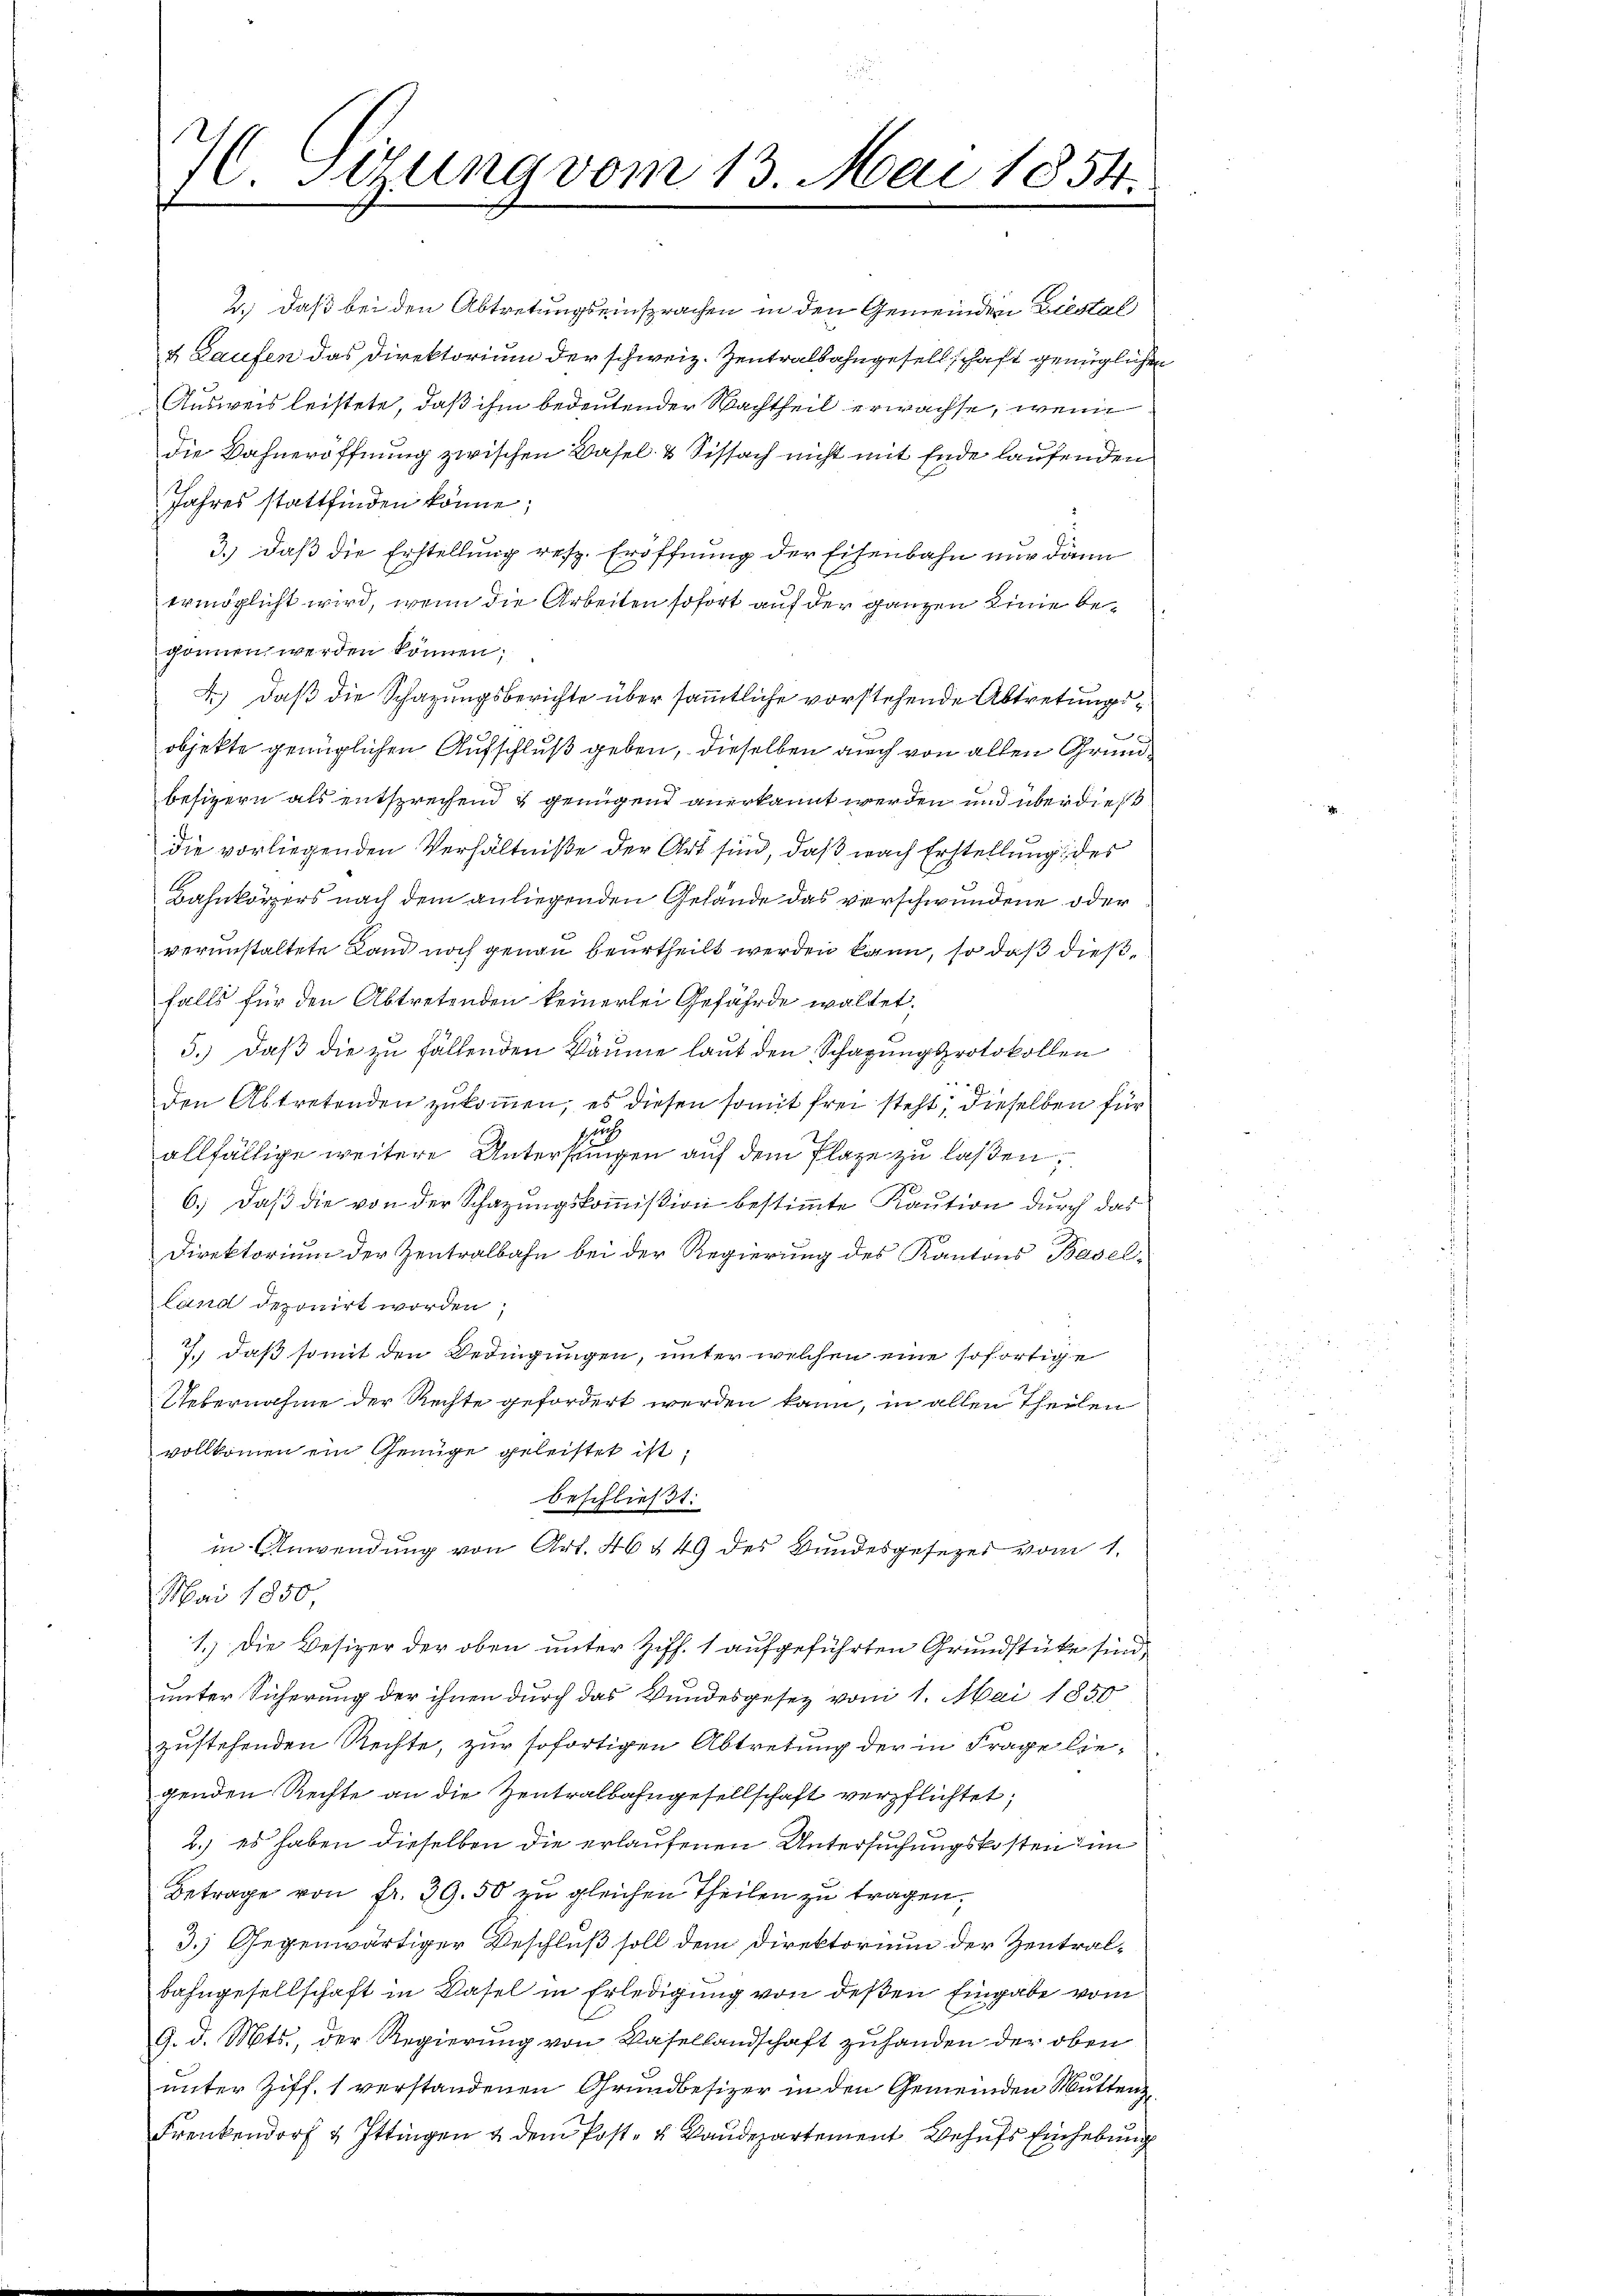
½ Girung vom 13. Mai 1854.

2.) Daß bei den Abtretungseinsprachen in den Gemeinden Liestal
4 Laufen das Direktorium der schweiz. Zentralbahngesellschaft genüglichen
Ausweis leistete, daß ihm bedeutender Nachtheil erwachse, wenn
die Bahneröffnung zwischen Basel- & Sissach nicht mit Ende laufenden
Jahres stattfinden könne;
3.) Daß die Erstellung resp. Eröffnung der Eisenbahn nur dann
ermöglicht wird, wenn die Arbeiten sofort auf der ganzen Linie begonnen werden können;
F.) Daß die Schazungsberichte über sämmtliche vorstehende Abtretungsobjekte genüglichen Aufschluß geben, dieselben auch von allen Grundbesizern als entsprechend & genügend anerkannt werden und überdieß
die vorliegenden Verhältniße der Art sind, daß nach Erstellung des
Bahnkörpers nach dem anliegenden Gelände das verschwundene oder
verunstaltete Land noch genau beurtheilt werden kann, so daß dießfalls für den Abtretenden keinerlei Gefährde waltet,
5.) Daß die zu fällenden Bäume laut den Schagungsprotokollen
den Abtretenden zukommen, es diesen somit frei steht, dieselben für
uch
allfällige weitere Untersungen auf dem Plaze zu laßen;
6.) Daß die von der Schazungskommißion bestimmte Kaution durch das
Direktorium der Zentralbahn bei der Regierung des Kantons Basel-
land deponirt worden,
7.) daß somit den Bedingungen, unter welchen eine sofortige
Uebernahme der Rechte gefordert werden kann, in allen Theilen
vollkommen ein Genüge geleistet ist,
beschließt:
in Anwendung von Art. 46 § 49 des Bundesgesezes vom 1.
Mai 1850
1.) Die Besizer der oben unter Ziff. 1 aufgeführten Grundstücke sind,
unter Sicherung der ihnen durch das Wundesgesetz vom 1. Mai 1850
zustehenden Rechte, zur sofortigen Abtretung der in Frage liegenden Rechte an die Zentralbahngesellschaft verpflichtet,
2.) es haben dieselben die erlaufenen Untersuchungskosten im
Betrage von fr. 39. 50 zu gleichen Theilen zu tragen.
3.) Gegenwärtiger Beschluß soll dem Direktorium der Zentralbahngesellschaft in Basel in Erledigung von deßen Eingabe vom
9. d. Mts., der Regierung von Basellandschaft zuhanden der oben
unter Ziff. 1 verstandenen Grundbesizer in den Gemeinden Mutten
Frenkendorf & Ittingen & dem Post- u Baudepartement Behufs Einhebung